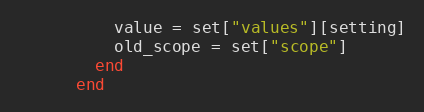
Language: Ruby
          value = set["values"][setting]
          old_scope = set["scope"]
        end
      end